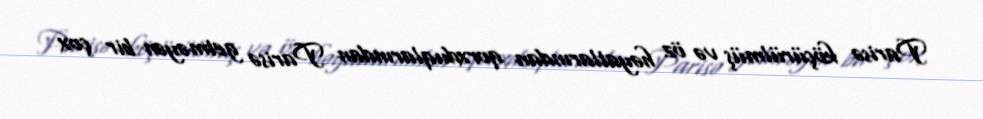
Parisə köçürülmüş və öz həyatlarından qorxduqlarından Parisə getməyən bir çox